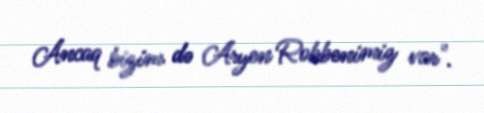
Ancaq bizim də Aryen Robbenimiz var".